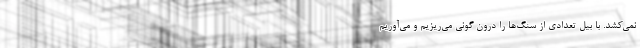
نمی‌کشد. با بیل تعدادی از سنگ‌ها را درون گونی می‌ریزیم و می‌آوریم